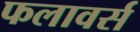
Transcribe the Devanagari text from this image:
फलावर्स